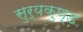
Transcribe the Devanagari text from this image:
सुर्यकुण्ड